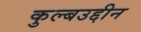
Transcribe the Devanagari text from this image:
कुल्बउद्दीन